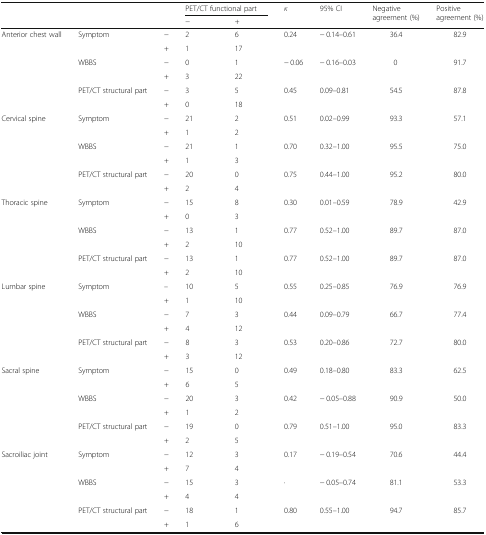
<table><thead><tr><td rowspan="2"></td><td rowspan="2"></td><td></td><td colspan="2"><b>PET/CT functional part</b></td><td rowspan="2"><b><i>κ</i></b></td><td rowspan="2"><b>95% CI</b></td><td rowspan="2"><b>Negative agreement (%)</b></td><td rowspan="2"><b>Positive agreement (%)</b></td></tr><tr><td></td><td><b>−</b></td><td><b>+</b></td></tr></thead><tbody><tr><td rowspan="6">Anterior chest wall</td><td rowspan="2">Symptom</td><td>−</td><td>2</td><td>6</td><td rowspan="2">0.24</td><td rowspan="2">− 0.14–0.61</td><td rowspan="2">36.4</td><td rowspan="2">82.9</td></tr><tr><td>+</td><td>1</td><td>17</td></tr><tr><td rowspan="2">WBBS</td><td>−</td><td>0</td><td>1</td><td rowspan="2">− 0.06</td><td rowspan="2">− 0.16–0.03</td><td rowspan="2">0</td><td rowspan="2">91.7</td></tr><tr><td>+</td><td>3</td><td>22</td></tr><tr><td rowspan="2">PET/CT structural part</td><td>−</td><td>3</td><td>5</td><td rowspan="2">0.45</td><td rowspan="2">0.09–0.81</td><td rowspan="2">54.5</td><td rowspan="2">87.8</td></tr><tr><td>+</td><td>0</td><td>18</td></tr><tr><td rowspan="6">Cervical spine</td><td rowspan="2">Symptom</td><td>−</td><td>21</td><td>2</td><td rowspan="2">0.51</td><td rowspan="2">0.02–0.99</td><td rowspan="2">93.3</td><td rowspan="2">57.1</td></tr><tr><td>+</td><td>1</td><td>2</td></tr><tr><td rowspan="2">WBBS</td><td>−</td><td>21</td><td>1</td><td rowspan="2">0.70</td><td rowspan="2">0.32–1.00</td><td rowspan="2">95.5</td><td rowspan="2">75.0</td></tr><tr><td>+</td><td>1</td><td>3</td></tr><tr><td rowspan="2">PET/CT structural part</td><td>−</td><td>20</td><td>0</td><td rowspan="2">0.75</td><td rowspan="2">0.44–1.00</td><td rowspan="2">95.2</td><td rowspan="2">80.0</td></tr><tr><td>+</td><td>2</td><td>4</td></tr><tr><td rowspan="6">Thoracic spine</td><td rowspan="2">Symptom</td><td>−</td><td>15</td><td>8</td><td rowspan="2">0.30</td><td rowspan="2">0.01–0.59</td><td rowspan="2">78.9</td><td rowspan="2">42.9</td></tr><tr><td>+</td><td>0</td><td>3</td></tr><tr><td rowspan="2">WBBS</td><td>−</td><td>13</td><td>1</td><td rowspan="2">0.77</td><td rowspan="2">0.52–1.00</td><td rowspan="2">89.7</td><td rowspan="2">87.0</td></tr><tr><td>+</td><td>2</td><td>10</td></tr><tr><td rowspan="2">PET/CT structural part</td><td>−</td><td>13</td><td>1</td><td rowspan="2">0.77</td><td rowspan="2">0.52–1.00</td><td rowspan="2">89.7</td><td rowspan="2">87.0</td></tr><tr><td>+</td><td>2</td><td>10</td></tr><tr><td rowspan="6">Lumbar spine</td><td rowspan="2">Symptom</td><td>–</td><td>10</td><td>5</td><td rowspan="2">0.55</td><td rowspan="2">0.25–0.85</td><td rowspan="2">76.9</td><td rowspan="2">76.9</td></tr><tr><td>+</td><td>1</td><td>10</td></tr><tr><td rowspan="2">WBBS</td><td>−</td><td>7</td><td>3</td><td rowspan="2">0.44</td><td rowspan="2">0.09–0.79</td><td rowspan="2">66.7</td><td rowspan="2">77.4</td></tr><tr><td>+</td><td>4</td><td>12</td></tr><tr><td rowspan="2">PET/CT structural part</td><td>−</td><td>8</td><td>3</td><td rowspan="2">0.53</td><td rowspan="2">0.20–0.86</td><td rowspan="2">72.7</td><td rowspan="2">80.0</td></tr><tr><td>+</td><td>3</td><td>12</td></tr><tr><td rowspan="6">Sacral spine</td><td rowspan="2">Symptom</td><td>−</td><td>15</td><td>0</td><td rowspan="2">0.49</td><td rowspan="2">0.18–0.80</td><td rowspan="2">83.3</td><td rowspan="2">62.5</td></tr><tr><td>+</td><td>6</td><td>5</td></tr><tr><td rowspan="2">WBBS</td><td>−</td><td>20</td><td>3</td><td rowspan="2">0.42</td><td rowspan="2">− 0.05–0.88</td><td rowspan="2">90.9</td><td rowspan="2">50.0</td></tr><tr><td>+</td><td>1</td><td>2</td></tr><tr><td rowspan="2">PET/CT structural part</td><td>−</td><td>19</td><td>0</td><td rowspan="2">0.79</td><td rowspan="2">0.51–1.00</td><td rowspan="2">95.0</td><td rowspan="2">83.3</td></tr><tr><td>+</td><td>2</td><td>5</td></tr><tr><td rowspan="6">Sacroiliac joint</td><td rowspan="2">Symptom</td><td>−</td><td>12</td><td>3</td><td rowspan="2">0.17</td><td rowspan="2">− 0.19–0.54</td><td rowspan="2">70.6</td><td rowspan="2">44.4</td></tr><tr><td>+</td><td>7</td><td>4</td></tr><tr><td rowspan="2">WBBS</td><td>−</td><td>15</td><td>3</td><td rowspan="2">·</td><td rowspan="2">− 0.05–0.74</td><td rowspan="2">81.1</td><td rowspan="2">53.3</td></tr><tr><td>+</td><td>4</td><td>4</td></tr><tr><td rowspan="2">PET/CT structural part</td><td>−</td><td>18</td><td>1</td><td rowspan="2">0.80</td><td rowspan="2">0.55–1.00</td><td rowspan="2">94.7</td><td rowspan="2">85.7</td></tr><tr><td>+</td><td>1</td><td>6</td></tr></tbody></table>